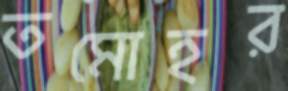
তমোহর